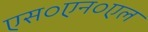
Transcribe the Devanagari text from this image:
एस०एन०एल